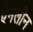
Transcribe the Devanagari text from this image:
ऐनलीन